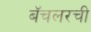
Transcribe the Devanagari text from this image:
बॅचलरची